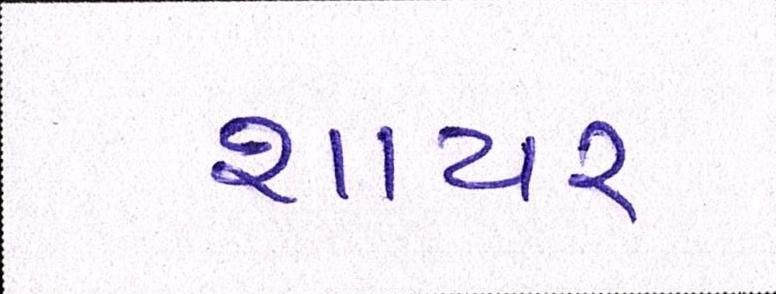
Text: શાયર